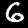
Label: 6